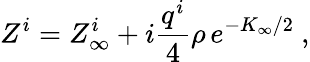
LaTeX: Z^{i}=Z_{\infty}^{i}+i{\frac{q^{i}}{4}}\rho\, e^{-K_{\infty}/2}\ ,